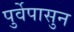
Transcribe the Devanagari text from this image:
पुर्वेपासुन